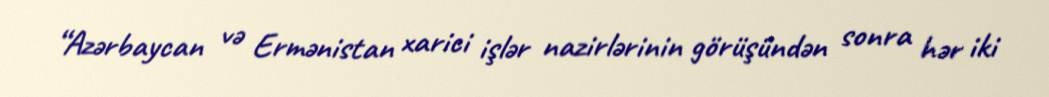
“Azərbaycan və Ermənistan xarici işlər nazirlərinin görüşündən sonra hər iki